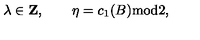
\lambda \in { \bf Z } , \qquad \eta = c _ { 1 } ( B ) \mathrm { m o d } 2 ,